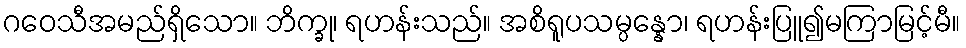
ဂဝေသီအမည်ရှိသော။ ဘိက္ခု၊ ရဟန်းသည်။ အစိရူပသမ္ပန္နော၊ ရဟန်းပြူ၍မကြာမြင့်မီ။